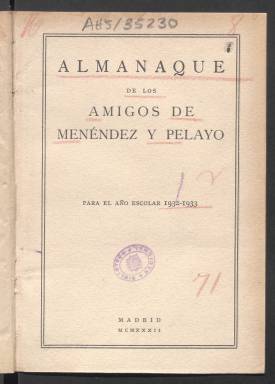
Título: Almanaque de los Amigos de Menéndez y Pelayo
Colección: Almanaques
Ámbito geográfico: Madrid
Lugar de publicación: Madrid
Fechas: 01/01/1932-31/12/1932